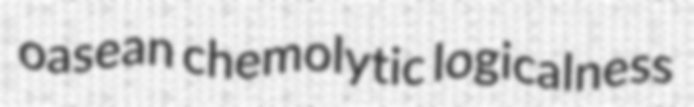
oasean chemolytic logicalness